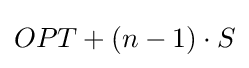
OPT+(n-1)\cdot S